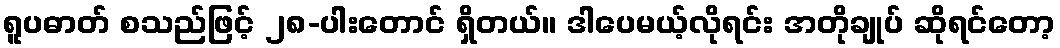
ရူပဓာတ် စသည်ဖြင့် ၂၈-ပါးတောင် ရှိတယ်။ ဒါပေမယ့်လိုရင်း အတိုချုပ် ဆိုရင်တော့